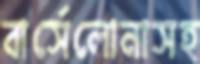
বার্সেলোনাসহ